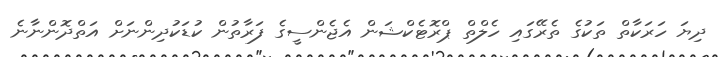
ދިޔަ ހަރަކާތް ތަކުގެ ތެރޭގައި ހެލްތް ޕްރޮޓެކްޝަން އެޖެންސީގެ ފަރާތުން ކުޑަކުދިންނަށް އަތްދޮންނާނެ